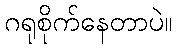
ဂရုစိုက်နေတာပဲ။